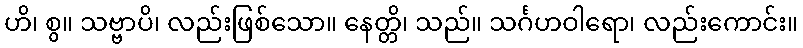
ဟိ၊ စွ။ သဗ္ဗာပိ၊ လည်းဖြစ်သော။ နေတ္တိ၊ သည်။ သင်္ဂဟဝါရော၊ လည်းကောင်း။